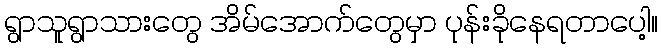
ရွာသူရွာသားတွေ အိမ်အောက်တွေမှာ ပုန်းခိုနေရတာပေါ့။